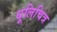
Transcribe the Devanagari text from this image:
धूलिचित्र